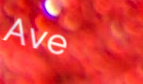
Ave